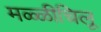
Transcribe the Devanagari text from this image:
मळ्ळीचिलू